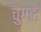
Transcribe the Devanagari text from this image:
चुगद